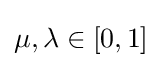
{\textstyle \mu ,\lambda \in [0,1]}